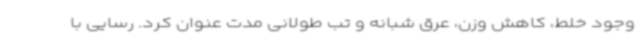
وجود خلط، کاهش وزن، عرق شبانه و تب طولانی مدت عنوان کرد. رسایی با